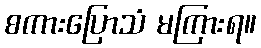
စကားပြောသံ မကြားရ။